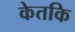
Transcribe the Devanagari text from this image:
केतकि